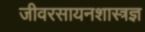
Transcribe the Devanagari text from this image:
जीवरसायनशास्त्रज्ञ